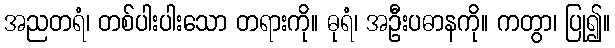
အညတရံ၊ တစ်ပါးပါးသော တရားကို။ ဓုရံ၊ အဦးပဓာနကို။ ကတွာ၊ ပြု၍။